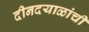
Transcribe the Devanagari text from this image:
दीनदयाळांची